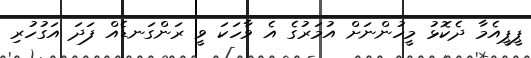
ޕީޕީއެމާ ދެކޮޅު މީހުންނަށް އުމަރުގެ އެ ވާހަކަ ވީ ރަންގަނޑެއް ފަދަ އަގުހުރި